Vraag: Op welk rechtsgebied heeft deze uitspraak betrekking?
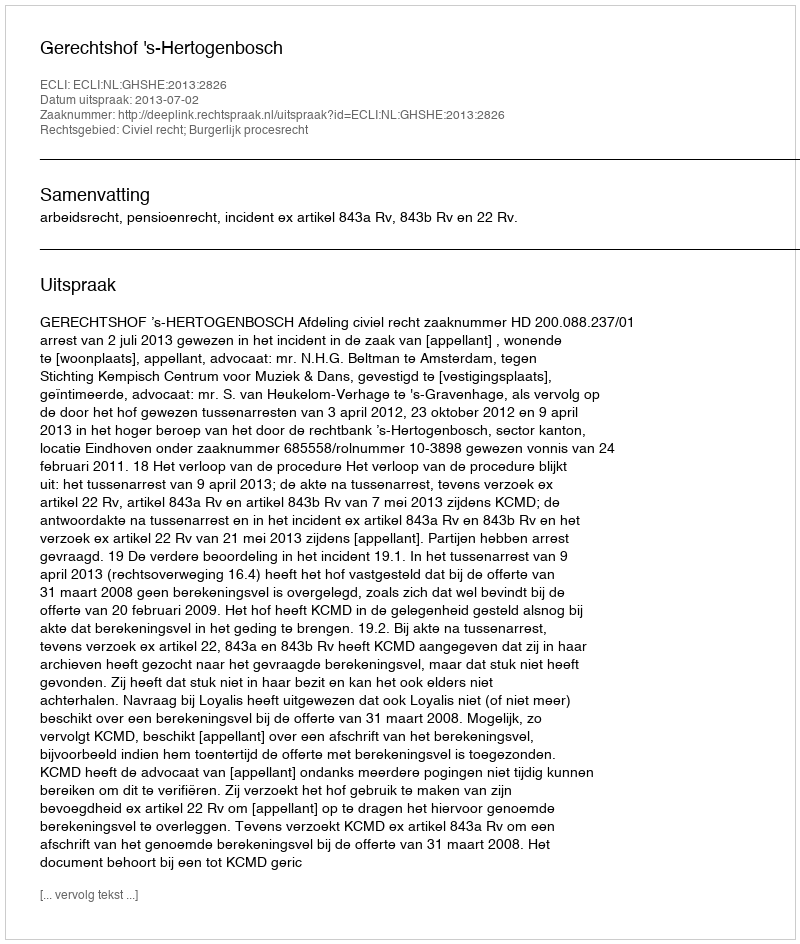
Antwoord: Civiel recht; Burgerlijk procesrecht